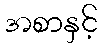
အစာနှင့်